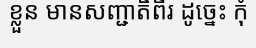
ខ្លួន មានសញ្ជាតិពីរ ដូច្នេះ កុំ